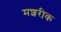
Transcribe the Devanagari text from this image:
मशरीक